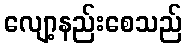
လျော့နည်းစေသည်